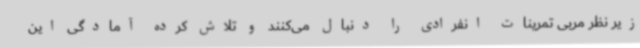
زیر نظر مربی تمرینات انفرادی را دنبال می‌کنند و تلاش کرده آمادگی این